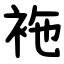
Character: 袘